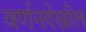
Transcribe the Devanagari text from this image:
वर्णनदेखील